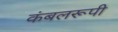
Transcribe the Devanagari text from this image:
कंबलरूपी